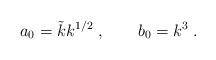
LaTeX: \begin{align*}a_0=\tilde{k}k^{1/2}\; ,\qquad b_0=k^3\; .\end{align*}